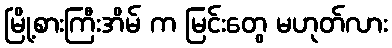
မြို့စားကြီးအိမ် က မြင်းတွေ မဟုတ်လား